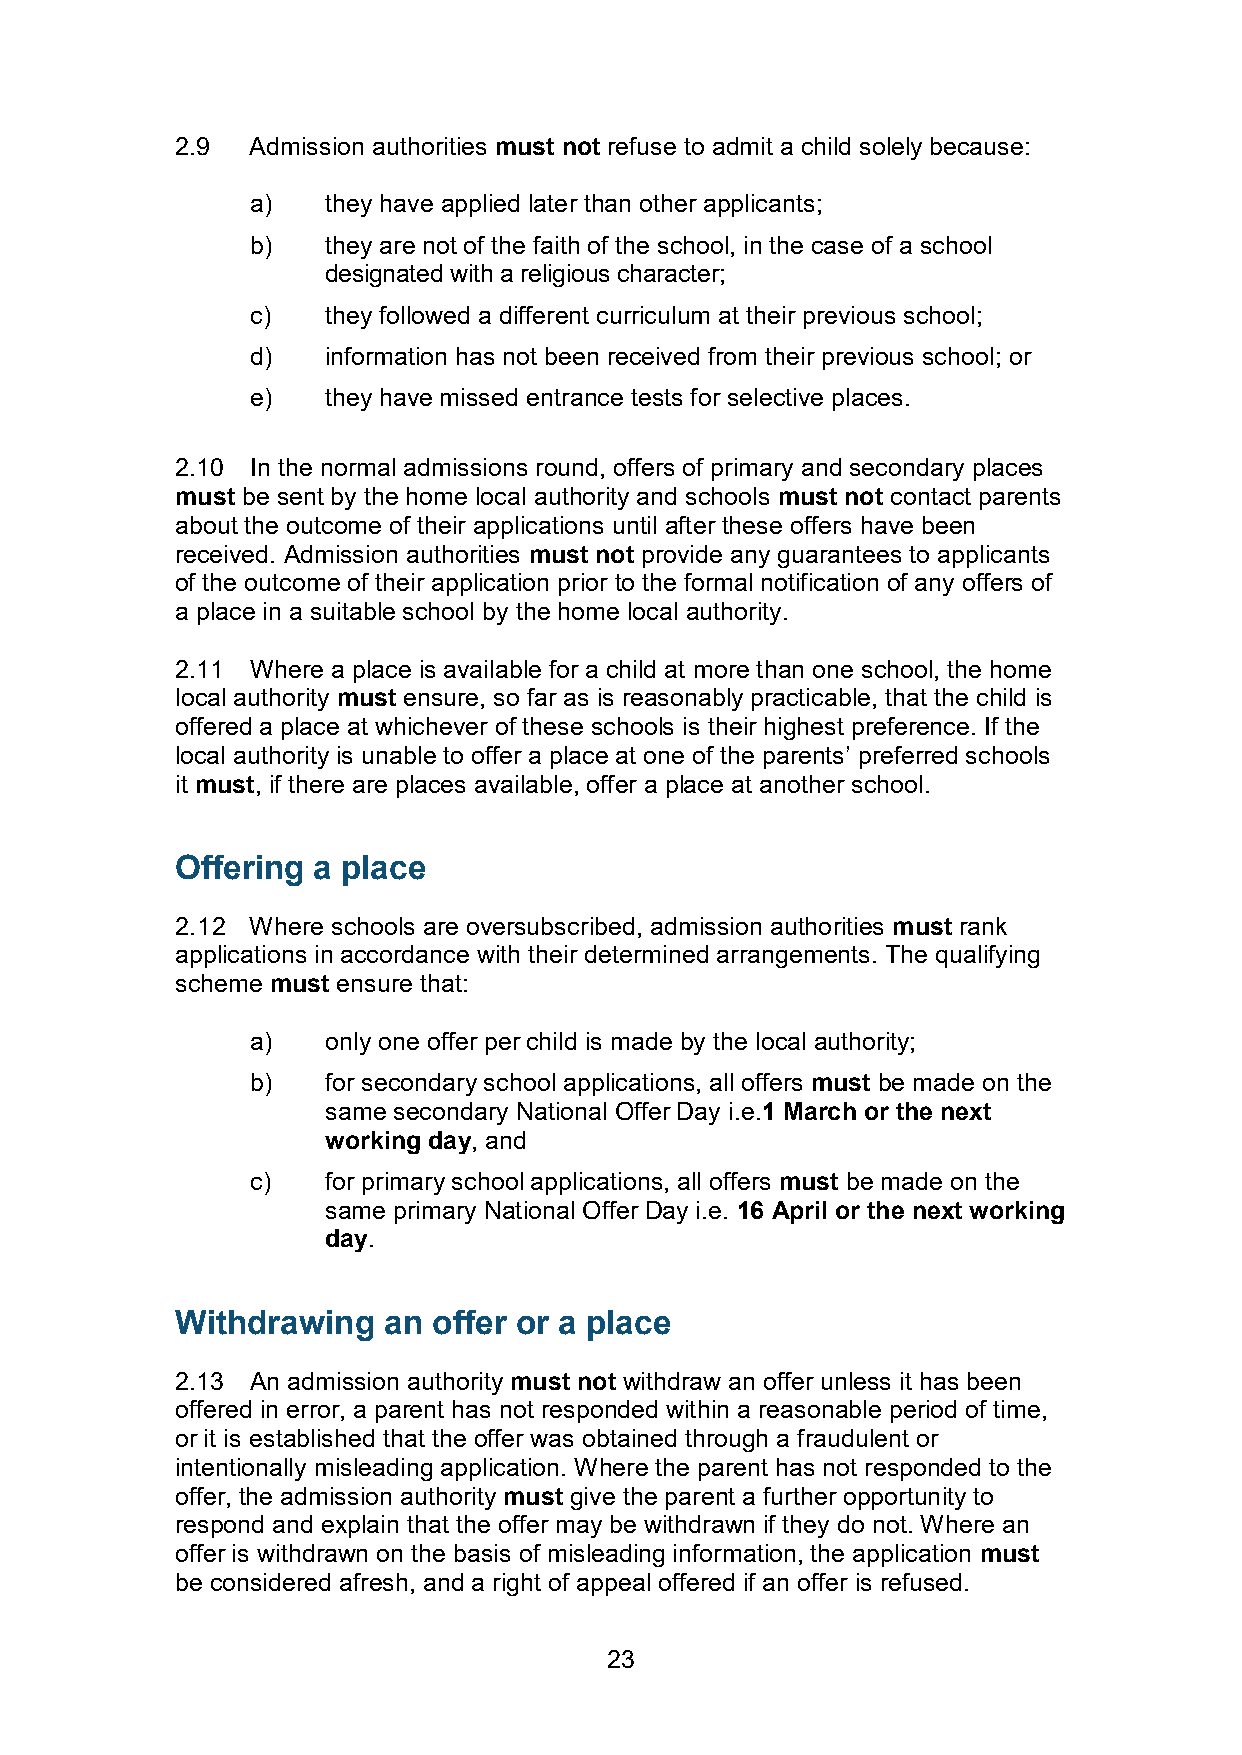
2.9  Admission authorities must not refuse to admit a child solely because:
 a)   they have applied later than other applicants;
 b)   they are not of the faith of the school, in the case of a school
 designated with a religious character;
 c)   they followed a different curriculum at their previous school;
 d)   information has not been received from their previous school; or
 e)   they have missed entrance tests for selective places.
 2.10 In the normal admissions round, offers of primary and secondary places
 must be sent by the home local authority and schools must not contact parents
 about the outcome of their applications until after these offers have been
 received. Admission authorities must not provide any guarantees to applicants
 of the outcome of their application prior to the formal notification of any offers of
 a place in a suitable school by the home local authority.
 2.11 Where a place is available for a child at more than one school, the home
 local authority must ensure, so far as is reasonably practicable, that the child is
 offered a place at whichever of these schools is their highest preference. If the
 local authority is unable to offer a place at one of the parents’ preferred schools
 it must, if there are places available, offer a place at another school.
 Offering a place
 2.12 Where schools are oversubscribed, admission authorities must rank
 applications in accordance with their determined arrangements. The qualifying
 scheme must ensure that:
 a)   only one offer per child is made by the local authority;
 b)   for secondary school applications, all offers must be made on the
 same secondary National Offer Day i.e.1 March or the next
 working day, and
 c)   for primary school applications, all offers must be made on the
 same primary National Offer Day i.e. 16 April or the next working
 day.
 Withdrawing  an  offer or a place
 2.13 An admission authority must not withdraw an offer unless it has been
 offered in error, a parent has not responded within a reasonable period of time,
 or it is established that the offer was obtained through a fraudulent or
 intentionally misleading application. Where the parent has not responded to the
 offer, the admission authority must give the parent a further opportunity to
 respond and explain that the offer may be withdrawn if they do not. Where an
 offer is withdrawn on the basis of misleading information, the application must
 be considered afresh, and a right of appeal offered if an offer is refused.
 23